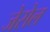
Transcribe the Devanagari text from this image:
जेसेल